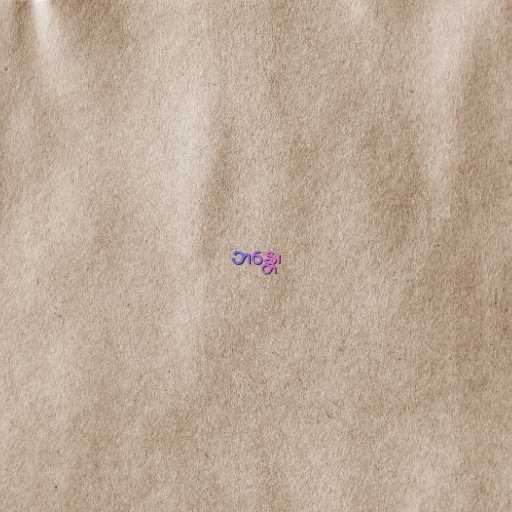
ဘန္တေ၊